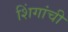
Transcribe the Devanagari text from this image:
शिंगांची